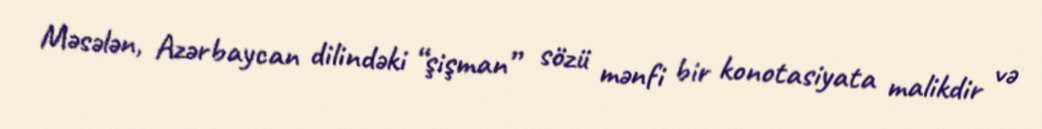
Məsələn, Azərbaycan dilindəki “şişman” sözü mənfi bir konotasiyata malikdir və